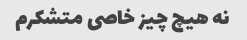
نه هیچ چیز خاصی متشکرم